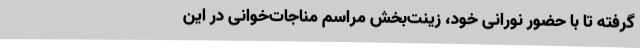
گرفته‌ تا با حضور نورانی خود، زینت‌بخش مراسم مناجات‌خوانی در این